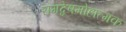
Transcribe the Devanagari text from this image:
रागद्वेषमोहात्मक